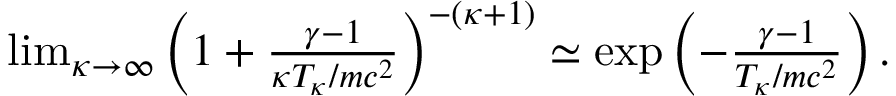
\begin{array} { r } { \operatorname* { l i m } _ { \kappa \to \infty } \left( 1 + \frac { \gamma - 1 } { \kappa T _ { \kappa } / m c ^ { 2 } } \right) ^ { - ( \kappa + 1 ) } \simeq \exp \left( - \frac { \gamma - 1 } { T _ { \kappa } / m c ^ { 2 } } \right) . } \end{array}